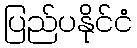
ပြည်ပနိုင်ငံ